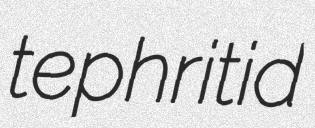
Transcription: tephritid